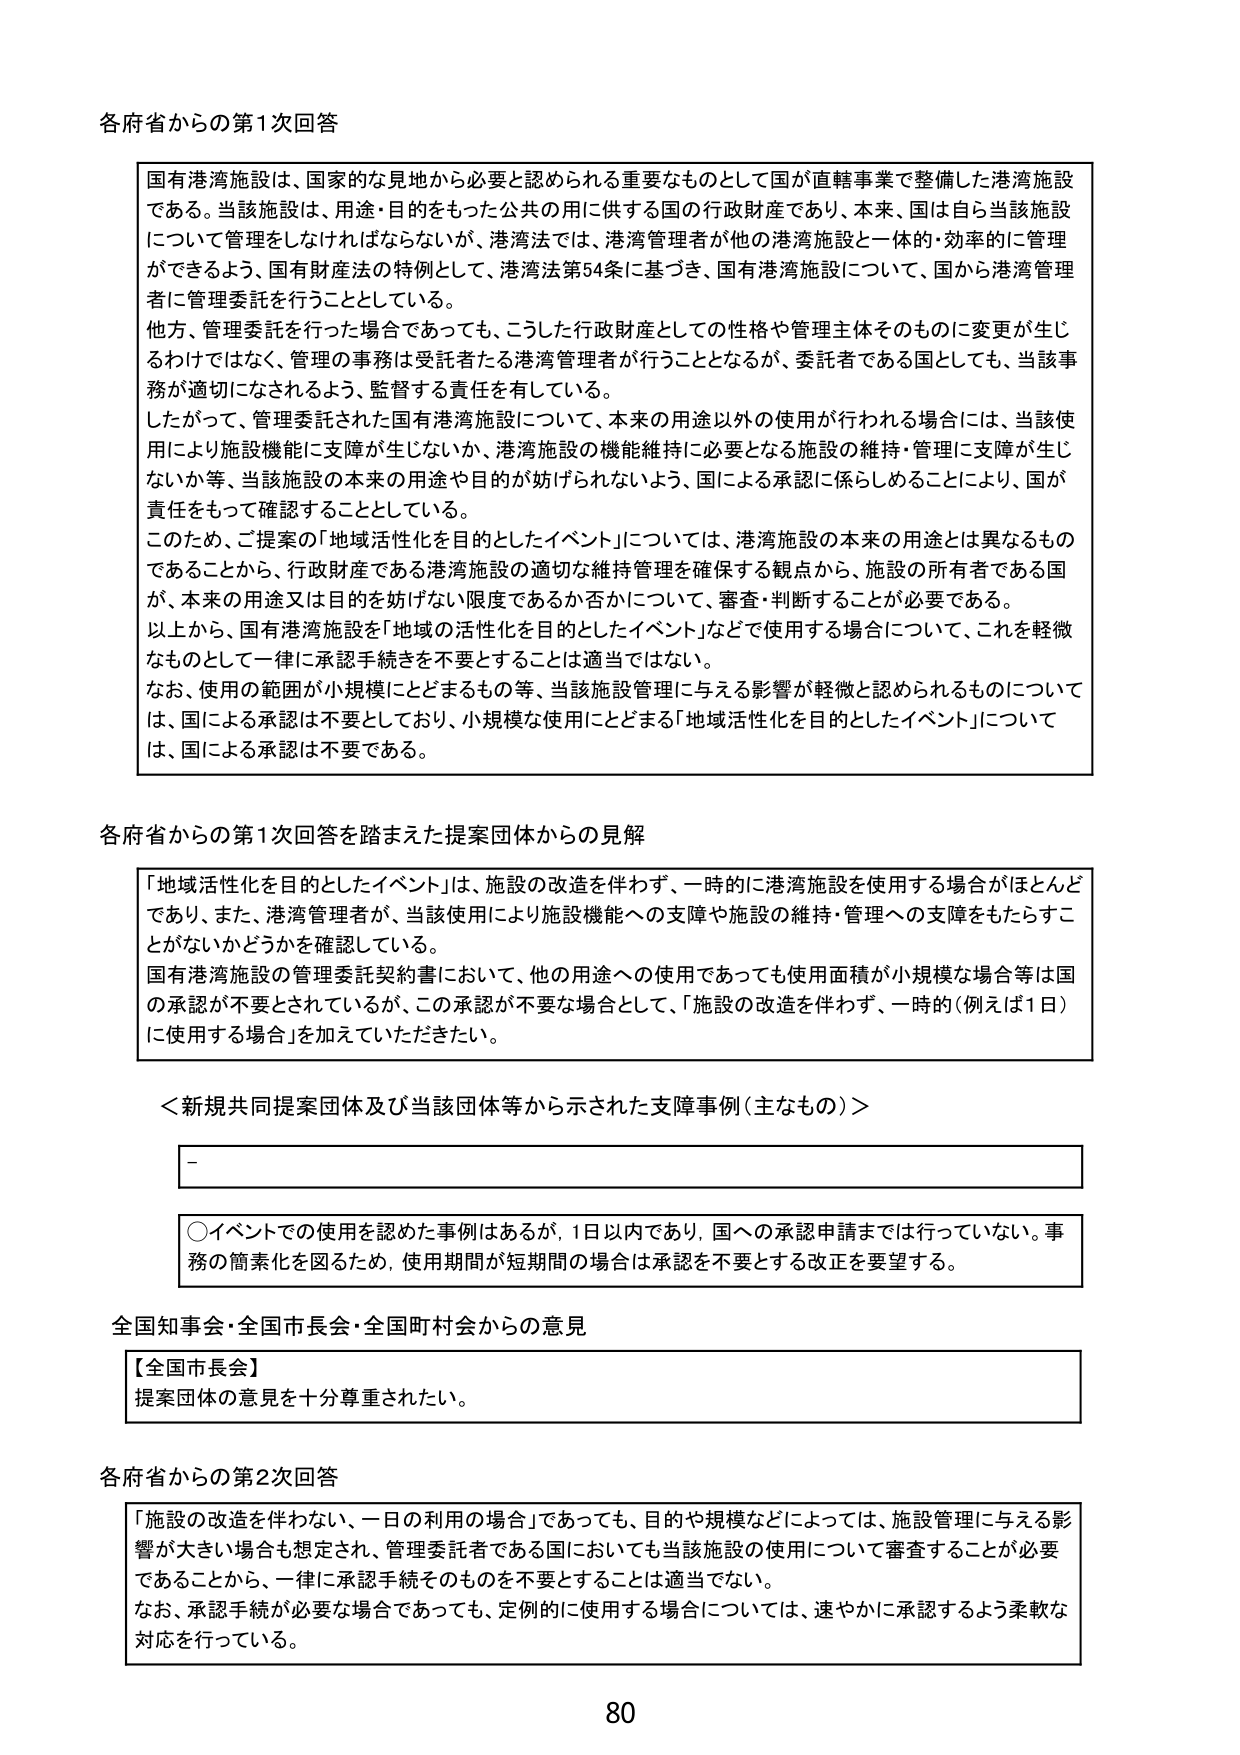
各府省からの第1次回答

国有港湾施設は、国家的な見地から必要と認められる重要なものとして国が直轄事業で整備した港湾施設である。当該施設は、用途・目的をもった公共の用に供する国の行政財産であり、本来、国は自ら当該施設について管理をしなければならないが、港湾法では、港湾管理者が他の港湾施設と一体的・効率的に管理ができるよう、国有財産法の特例として、港湾法第54条に基づき、国有港湾施設について、国から港湾管理者に管理委託を行うこととしている。

他方、管理委託を行った場合であっても、こうした行政財産としての性格や管理主体そのものに変更が生じるわけではなく、管理の事務は受託者たる港湾管理者が行うこととなるが、委託者である国としても、当該事務が適切になされるよう、監督する責任を有している。

したがって、管理委託された国有港湾施設について、本来の用途以外の使用が行われる場合には、当該使用により施設機能に支障が生じないか、港湾施設の機能維持に必要となる施設の維持・管理に支障が生じないか等、当該施設の本来の用途や目的が妨げられないよう、国による承認に係らしめることにより、国が責任をもって確認することとしている。

このため、ご提案の「地域活性化を目的としたイベント」については、港湾施設の本来の用途とは異なるものであることから、行政財産である港湾施設の適切な維持管理を確保する観点から、施設の所有者である国が、本来の用途又は目的を妨げない限度であるか否かについて、審査・判断することが必要である。

以上から、国有港湾施設を「地域の活性化を目的としたイベント」などで使用する場合について、これを軽微なものとして一律に承認手続きを不要とすることは適当ではない。

なお、使用の範囲が小規模にとどまるもの等、当該施設管理に与える影響が軽微と認められるものについては、国による承認は不要としており、小規模な使用にとどまる「地域活性化を目的としたイベント」については、国による承認は不要である。

各府省からの第1次回答を踏まえた提案団体からの見解

「地域活性化を目的としたイベント」は、施設の改造を伴わず、一時的に港湾施設を使用する場合がほとんどであり、また、港湾管理者が、当該使用により施設機能への支障や施設の維持・管理への支障をもたらすことがないかどうかを確認している。

国有港湾施設の管理委託契約書において、他の用途への使用であっても使用面積が小規模な場合等は国の承認が不要とされているが、この承認が不要な場合として、「施設の改造を伴わず、一時的（例えば1日）に使用する場合」を加えていただきたい。

＜新規共同提案団体及び当該団体等から示された支障事例（主なもの）＞

－

○イベントでの使用を認めた事例はあるが、1日以内であり、国への承認申請までは行っていない。事務の簡素化を図るため、使用期間が短期間の場合は承認を不要とする改正を要望する。

全国知事会・全国市長会・全国町村会からの意見

【全国市長会】
提案団体の意見を十分尊重されたい。

各府省からの第2次回答

「施設の改造を伴わない、一日の利用の場合」であっても、目的や規模などによっては、施設管理に与える影響が大きい場合も想定され、管理委託者である国においても当該施設の使用について審査することが必要であることから、一律に承認手続そのものを不要とすることは適当でない。

なお、承認手続が必要な場合であっても、定例的に使用する場合については、速やかに承認するよう柔軟な対応を行っている。

80